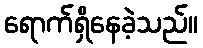
ရောက်ရှိနေခဲ့သည်။